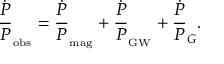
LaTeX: \frac { \dot { P } } { P } _ { _ \mathrm { o b s } } = \frac { \dot { P } } { P } _ { _ \mathrm { m a g } } + \frac { \dot { P } } { P } _ { _ \mathrm { G W } } + \frac { \dot { P } } { P } _ { G } .